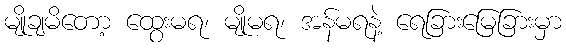
မျိုချမိတော့ ထွေးမရ၊ မျိုမရ၊ အန်မရနဲ့ ရေခြားမြေခြားမှာ